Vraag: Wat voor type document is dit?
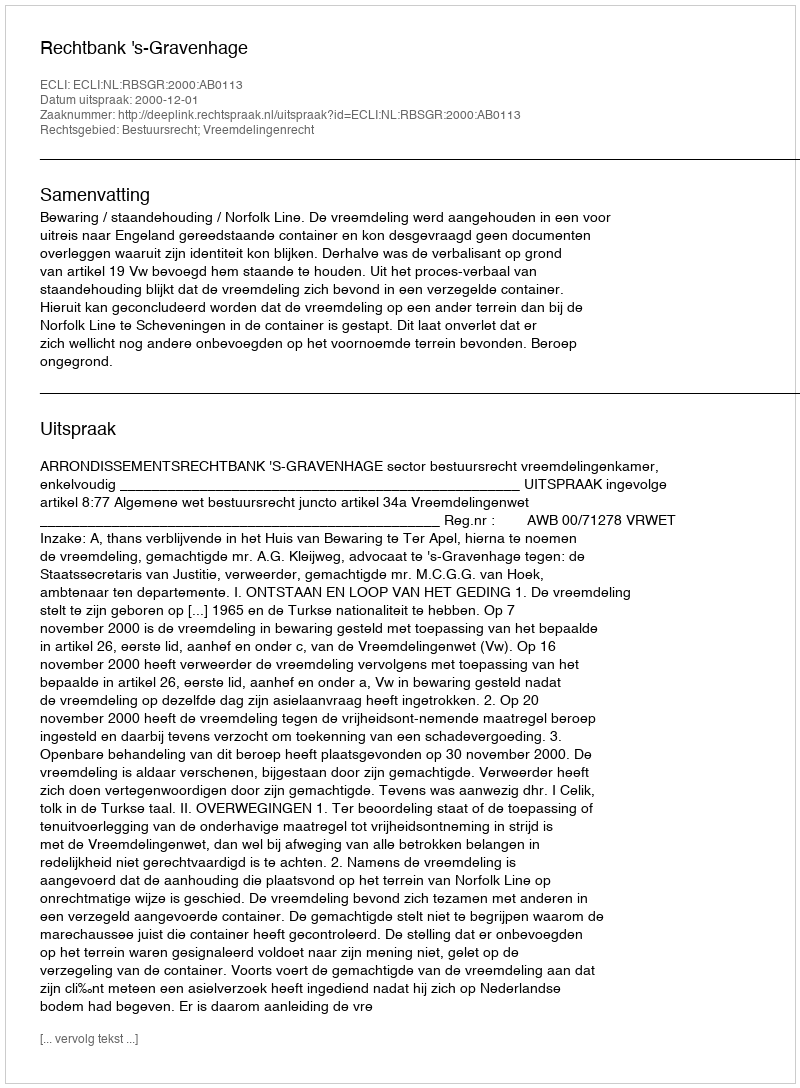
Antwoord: Uitspraak